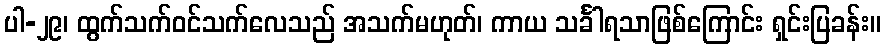
ပါ-၂၉၊ ထွက်သက်ဝင်သက်လေသည် အသက်မဟုတ်၊ ကာယ သင်္ခါရသာဖြစ်ကြောင်း ရှင်းပြခန်း။